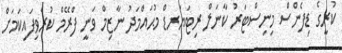
ކުރީގެ ޑިފެންސް މިނިސްޓަރު ކާނަލް ރިޓަޔަރޑް މުޙައްމަދު ނާޒިމް ވަނީ ފްރޭމް ކުރެވިފައިކަމަށް